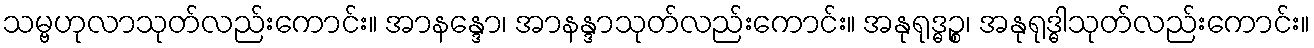
သမ္ဗဟုလာသုတ်လည်းကောင်း။ အာနန္ဒော၊ အာနန္ဒာသုတ်လည်းကောင်း။ အနုရုဒ္ဓဉ္စ၊ အနုရုဒ္ဓါသုတ်လည်းကောင်း။